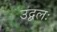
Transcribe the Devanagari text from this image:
उद्बलः